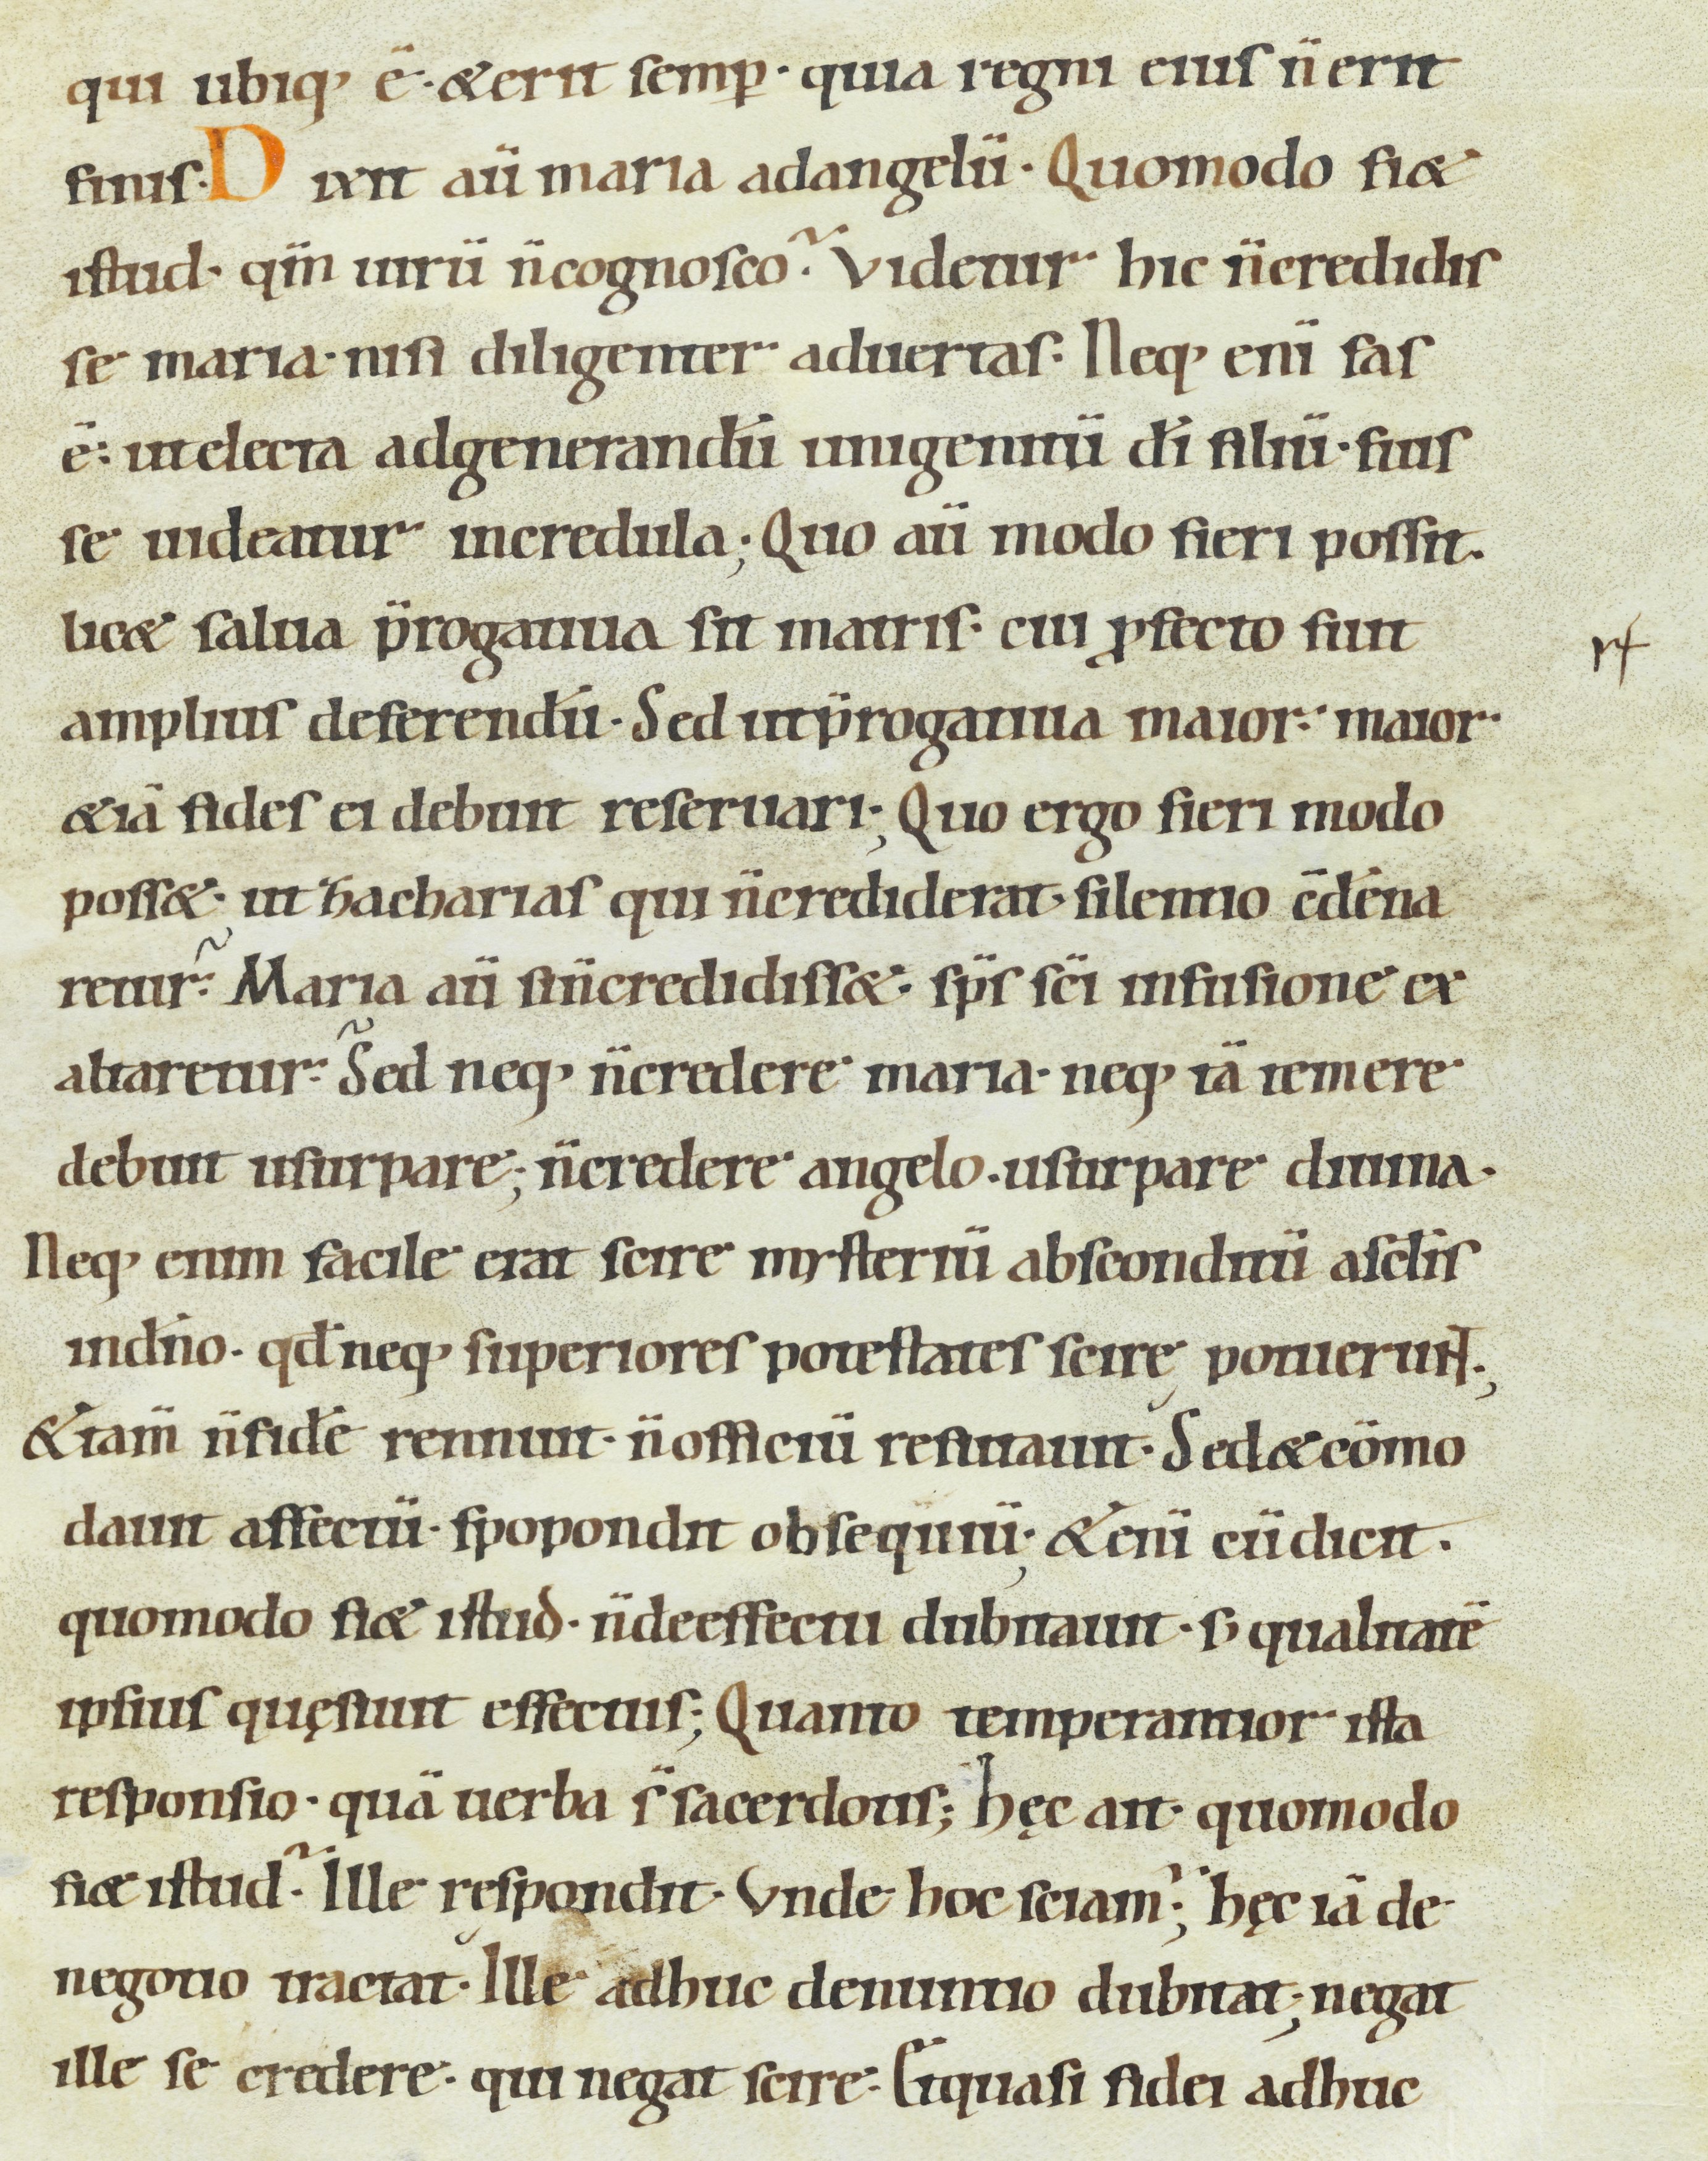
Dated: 900–999